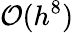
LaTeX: \mathcal{O}(h^{8})